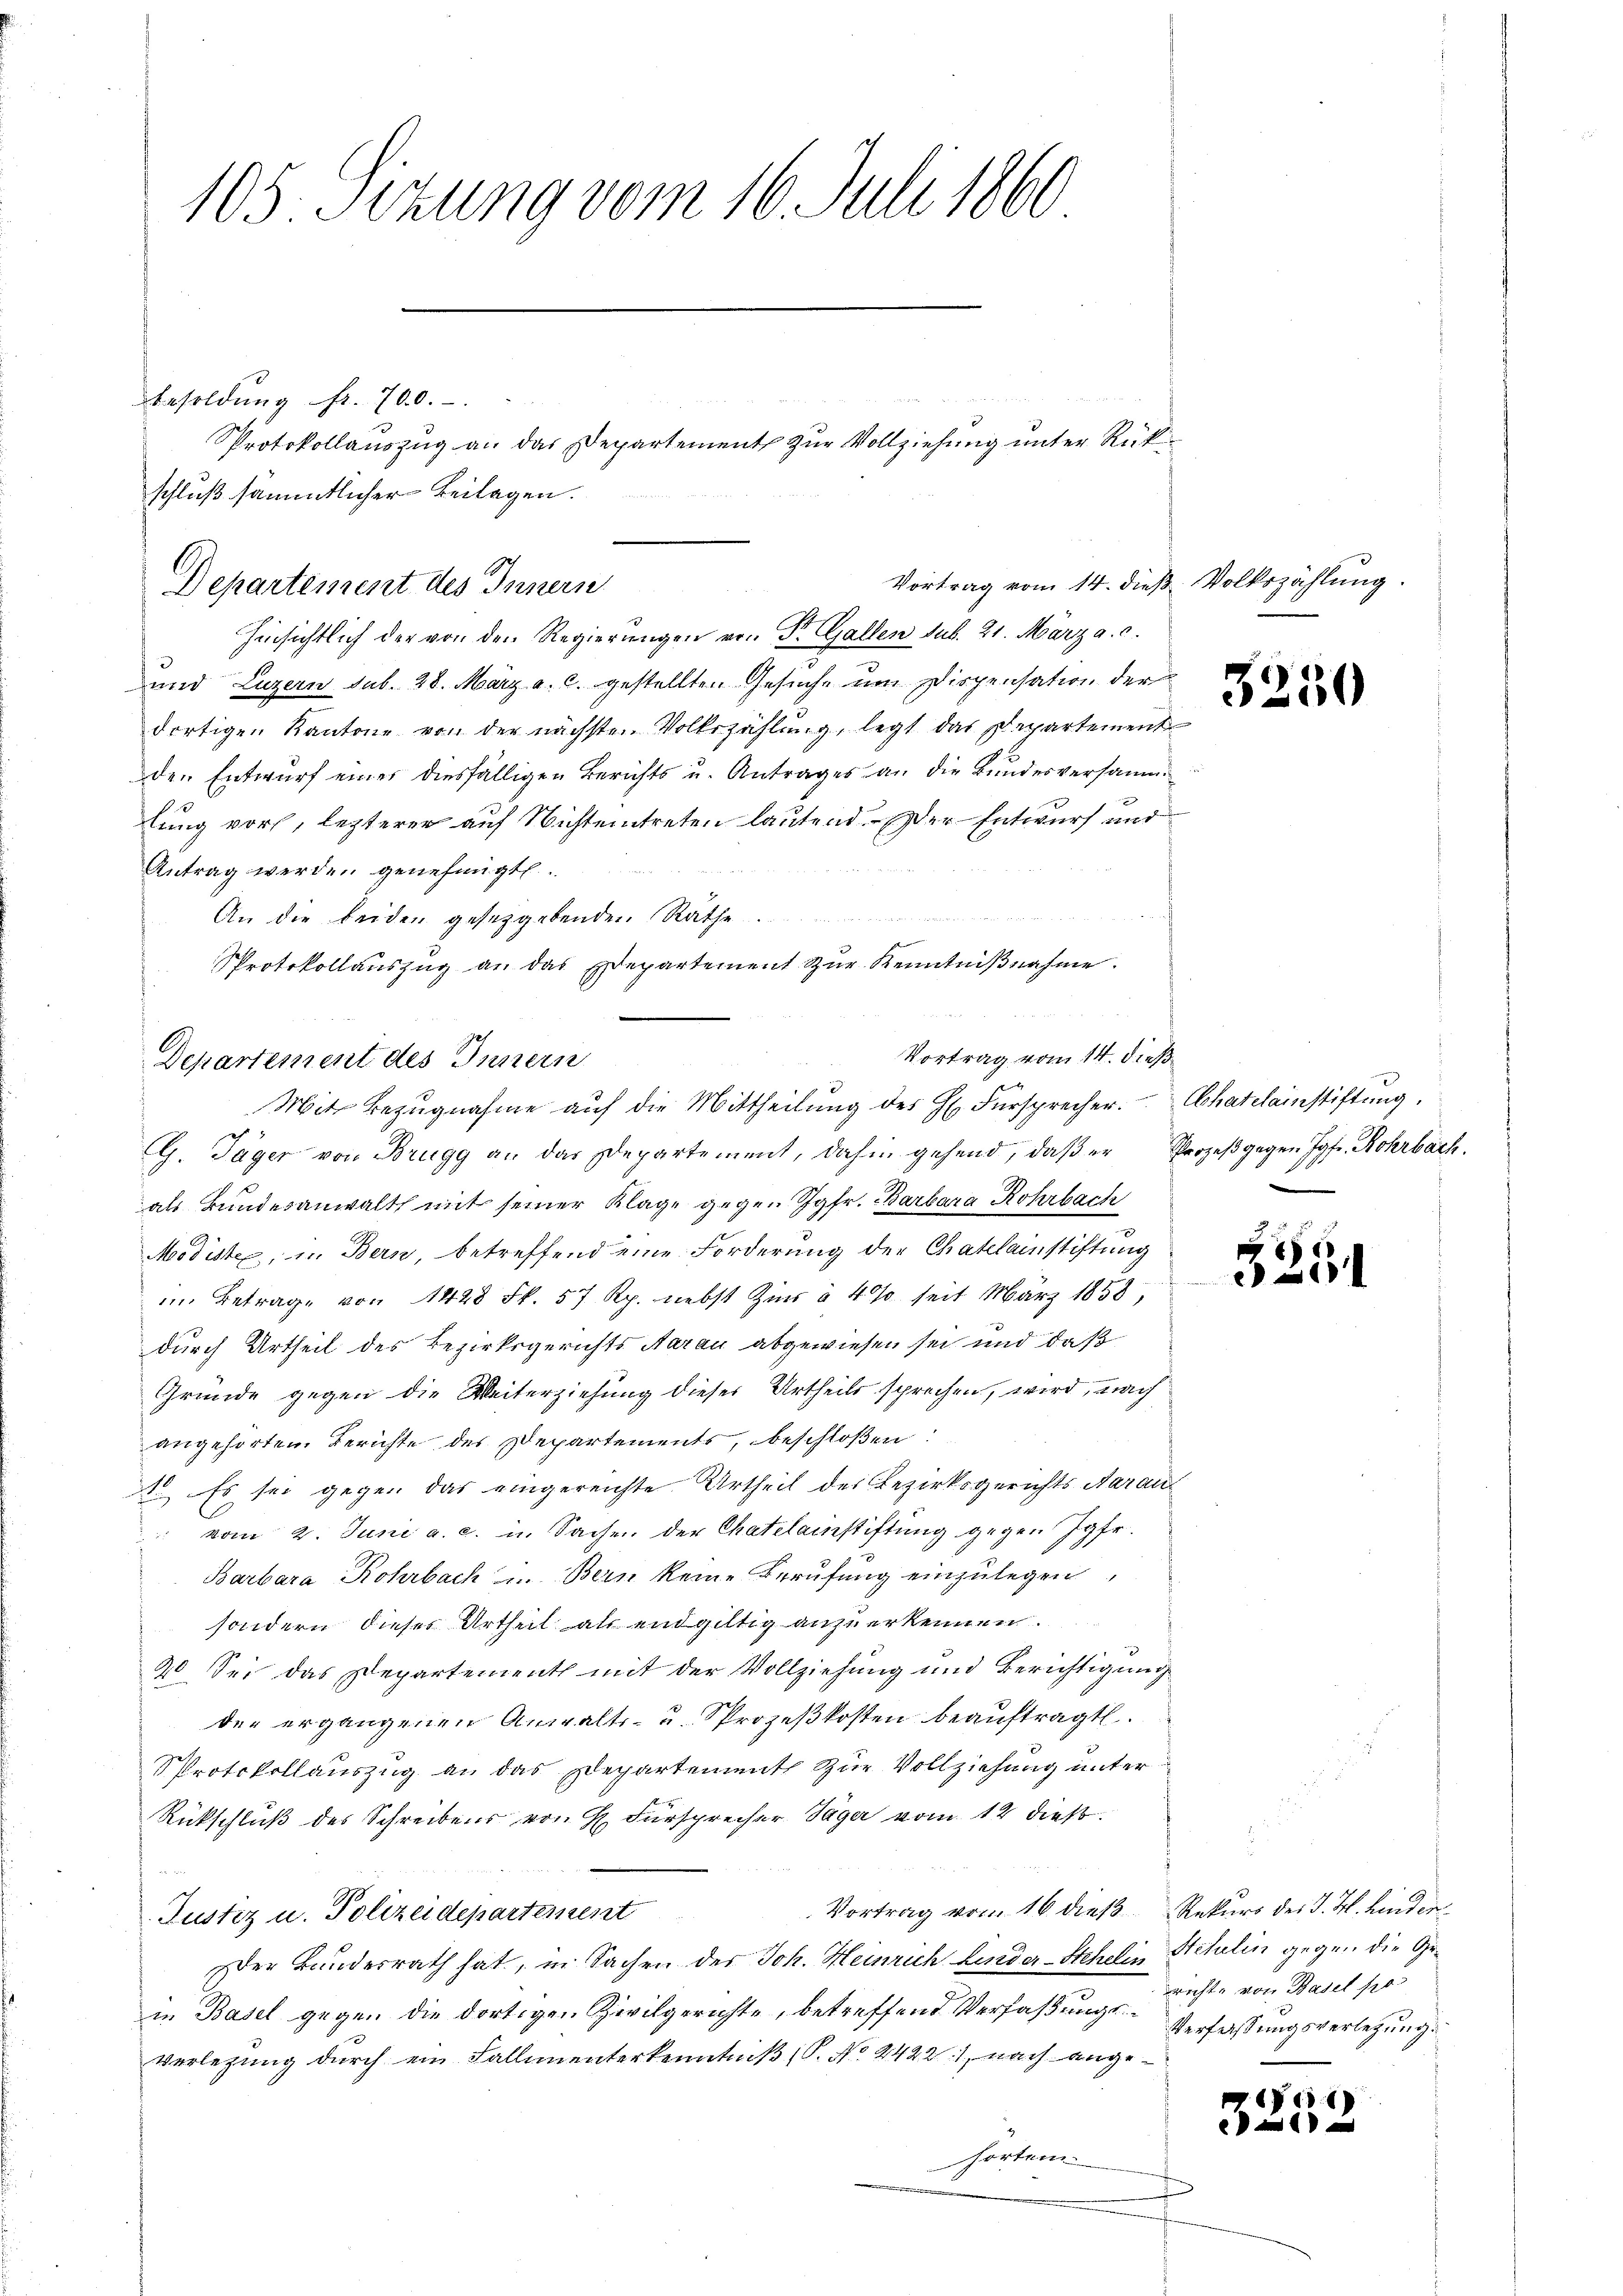
105. Sitzung vom 16. Juli 1860

hinsichtlich der von den Regierungen von Dr. Gallen sub. 21. März a. c.
und Luzern sub. 28. März a. c. gestellten Gesuche um Dispensation der
dortigen Kantone von der nächsten Volkszählung, legt das Departement
den Entwurf einer diesfälligen Berichts u. Antrages an die Bŭndesversamm
lung vor, letzterer auf Nichteintreten lautend. Der Entwurf und
Antrag werden genehmigt.
a
An die beiden gesetzgebenden Räthe.
e
PProtokollauszug an das Edepartement zŭr Kenntniβnahme.
G. Jäger von Brugg an das Departement, dahin gehend, daβ er Prozeβgegen Jgfr. Rohrbach.
als Bundesanwalt mit seiner Klage gegen Jgfr. Barbara Rohrbach
Modisten, in Bern, betreffend eine Forderung der Chatelainstiftung
im Betrage von 1428 Fk. 57 Rp. nebst Zins à 4% seit März 1858,
durch Urtheil des Bezirksgerichts Aarau abgewiesen sei und daß
Gründe gegen die Weiterziehung dieses Urtheils sprechen, wird, nach
angehörten Berichte des Departements, beschloßen:
1. Es sei gegen das eingereichte Urtheil des Bezirksgerichts Aarau
" vom 2. Juni a. c. in Sache der Chateleistiftung gegen Jgfr.
Barbara Rohrbach u. Bern keine Berufung einzulegen,
sondern dieses Urtheil als endgültig anzuerkennen.
20 Sei das Departement mit der Vollziehung und Berichtigung
der ergangenen Anwalts- u. Prozeßkosten beauftragt.
Sprotokollauszug an das Departement zur Vollziehung unter
Rückschluß des Schreibens von H. Fürsprecher Tage vom 12 dieß.
Vortrag von 16 dieß Rekurs der J. H. hinden
Justiz u. Polizeidepartement
Der Bundesrath hat, in Sachen der Joh. Heinrich Linder-Stehelin Stetulin gegen die Gein Basel gegen die dortigen Zivilgerichte, betreffend Verfaßungs-Verlassungsverletzungsverlegung durch ein Fallimenterkenntniß (S. No. 24221, nach angehorten

Besoldŭng fr. 700.-.
schluß sämmtlicher Beilagen.
Vortrag vom 14. dieß Volkszählung.
Departement des Innern

Protokollauszug an das Departement zur Vollziehung unter Rück¬

Vortrag vom 14. dieß
Departement des Innern
Mit Bezugnahme auf die Mittheilung des H. Fürsprecher. Charclainstiftung.

3250

5251

richte von Basel sie

1716)
a